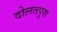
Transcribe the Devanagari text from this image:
दोलतपुरा